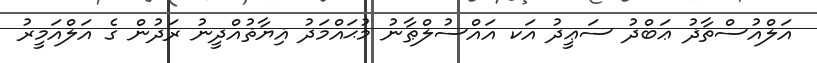
އަލްއުސްތާޛު ޢަބްދު ސަޢީދު އަކ އައްސުލްޠާނު މުޙައްމަދު ޣިޔާޘުއްދީނު ރަދުން ގެ އަލްއަމީރު